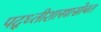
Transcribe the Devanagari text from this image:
पद्ध्तीशास्त्रासोबत